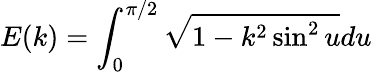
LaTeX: E(k)=\int_{0}^{\pi/2}\sqrt{1-k^{2}\sin^{2}u}du